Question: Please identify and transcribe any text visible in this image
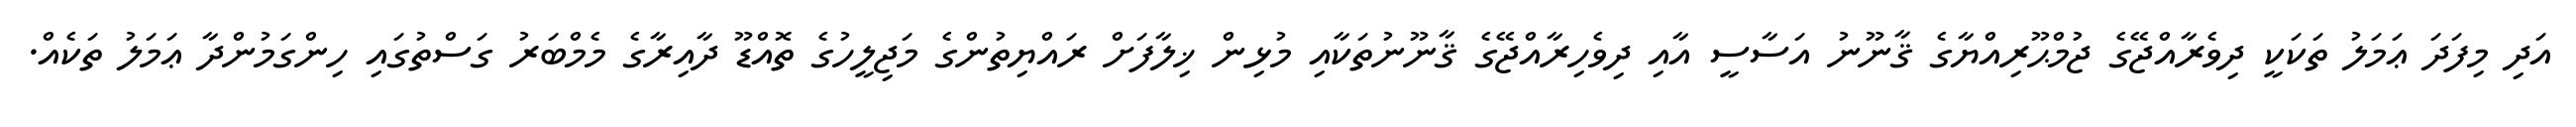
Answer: އަދި މިފަދަ ޢަމަލު ތަކަކީ ދިވެރާއްޖޭގެ ޖުމްޙޫރިއްޔާގެ ޤާނޫނު އަސާސީ އާއި ދިވެހިރާއްޖޭގެ ޤާނޫނުތަކާއި މުޅިން ޚިލާފަށް ރައްޔިތުންގެ މަޖިލީހުގެ ތޮއްޑޫ ދާއިރާގެ މެމްބަރު ގަސްތުގައި ހިންގަމުންދާ ޢަމަލު ތަކެއް.